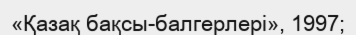
«Қазақ бақсы-балгерлері», 1997;